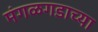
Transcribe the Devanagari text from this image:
मंगळगडाच्या